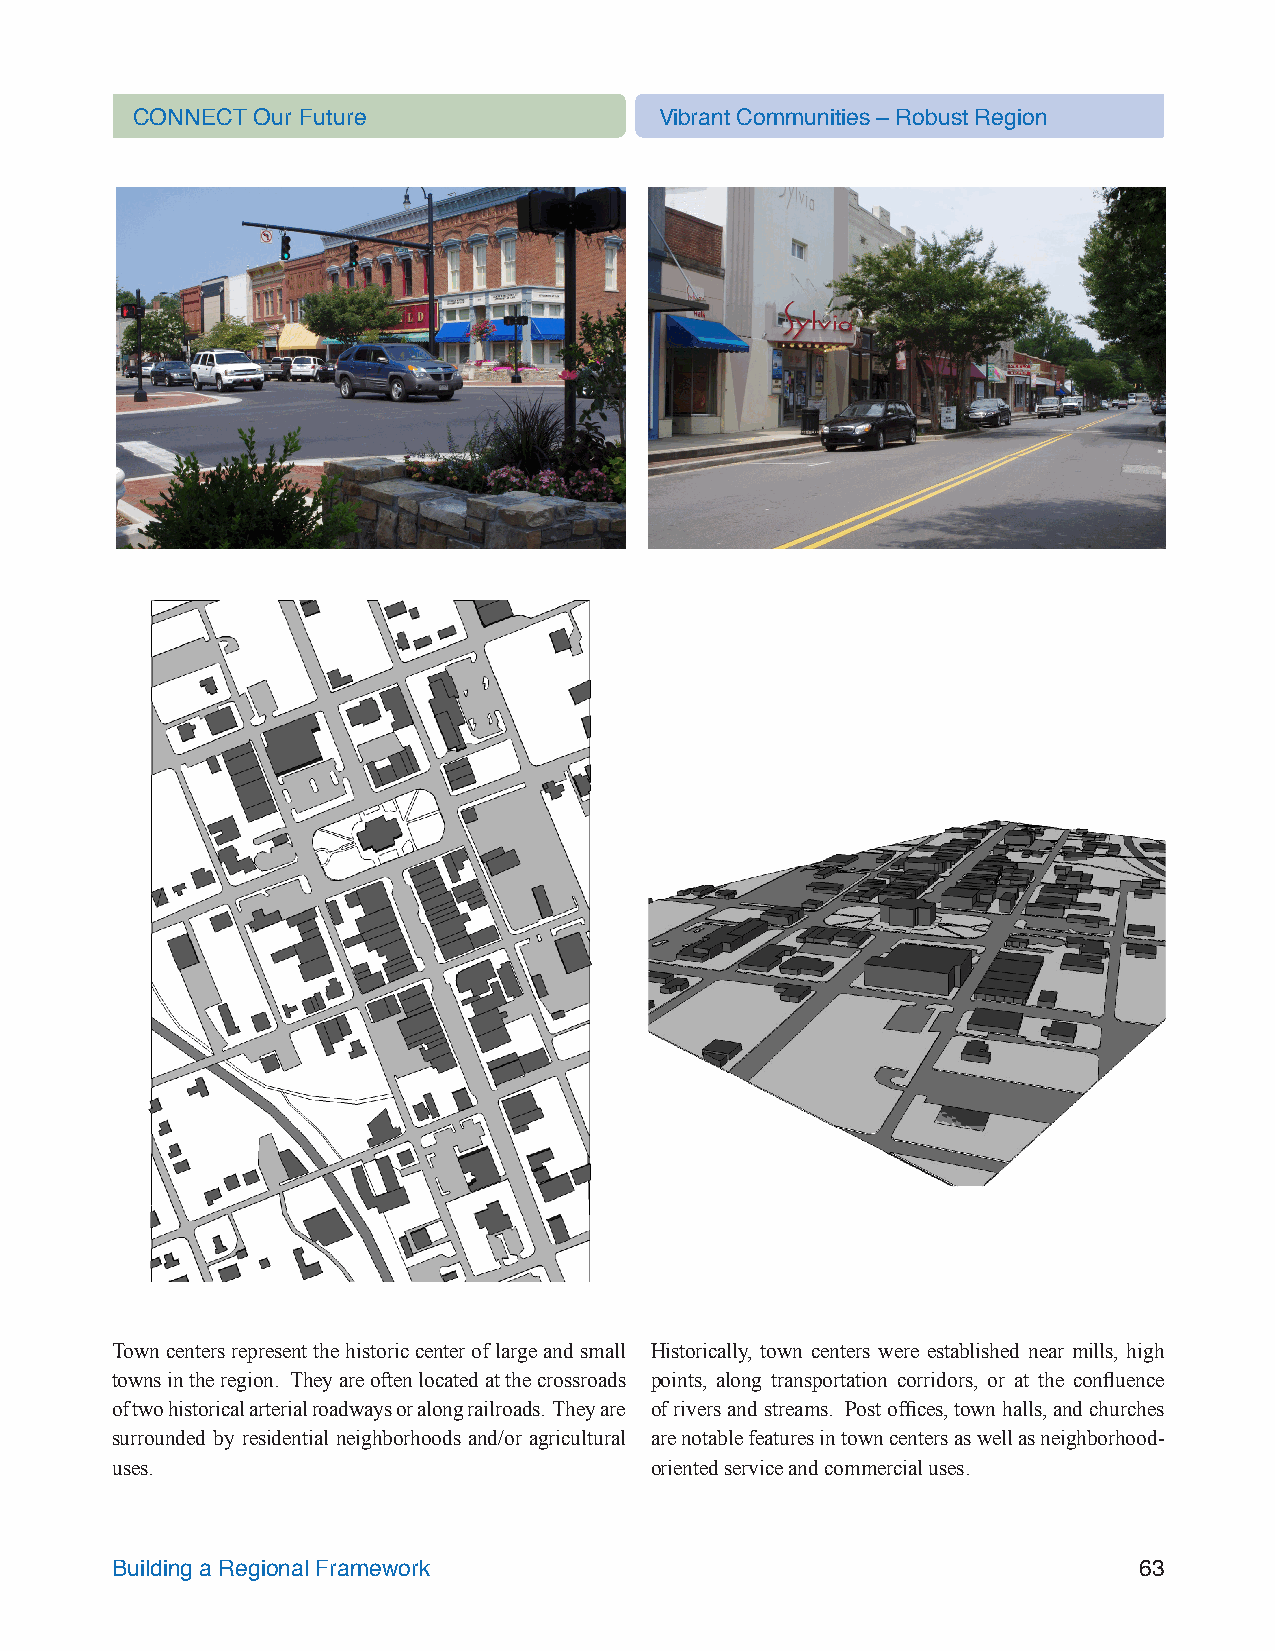
CONNECT Our Future                 Vibrant Communities – Robust Region
 Town centers represent the historic center of large and small Historically, town centers were established near mills, high
 towns in the region. They are often located at the crossroads points, along transportation corridors, or at the confluence
 of two historical arterial roadways or along railroads. They are of rivers and streams. Post offices, town halls, and churches
 surrounded by residential neighborhoods and/or agricultural are notable features in town centers as well as neighborhood-
 uses.                               oriented service and commercial uses.
 Building a Regional Framework                                       63